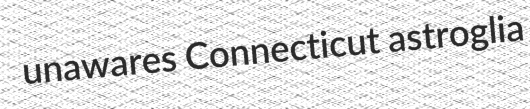
unawares Connecticut astroglia